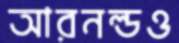
আরনল্ডও